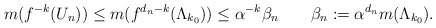
\begin{align*}m(f^{-k}(U_n))\leq m(f^{d_n-k}(\Lambda_{k_0}))\leq\alpha^{-k}\beta_n\quad\quad\beta_n:=\alpha^{d_n}m(\Lambda_{k_0}).\end{align*}